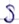
Text: S